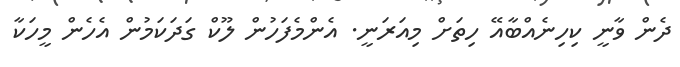
ދެން ވާނީ ކިހިނެއްބާއޭ ހިތަށް މިއަރަނީ. އެންމެފަހުން ލޫކް ގަދަކަމުން އެހެން މީހަކާ